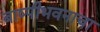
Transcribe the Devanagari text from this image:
बाष्पीभवनाचा